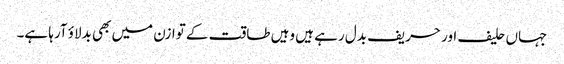
جہاں حلیف اور حریف بدل رہے ہیں وہیں طاقت کے توازن میں بھی بدلاؤ آرہا ہے۔